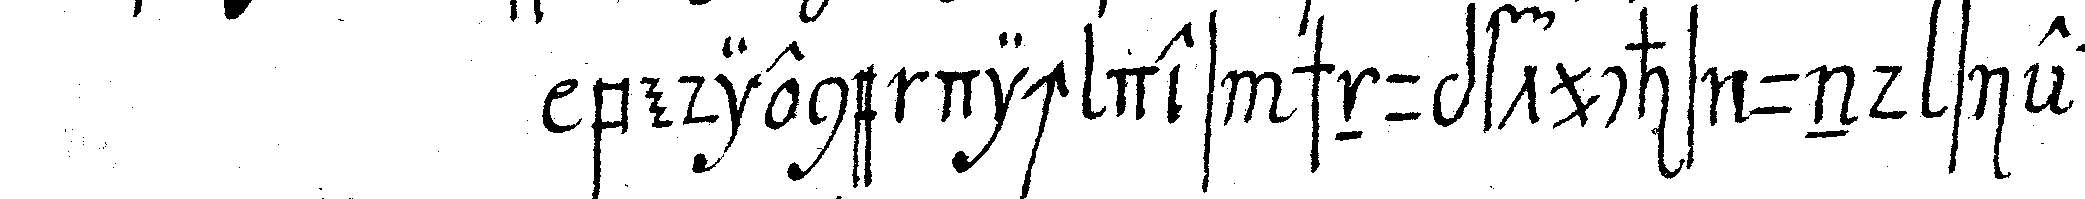
bediene dich des schnupftuchs und siehe